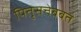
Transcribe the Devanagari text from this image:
पितृसत्तेबबत